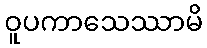
ဝူပကာသေဿာမိ